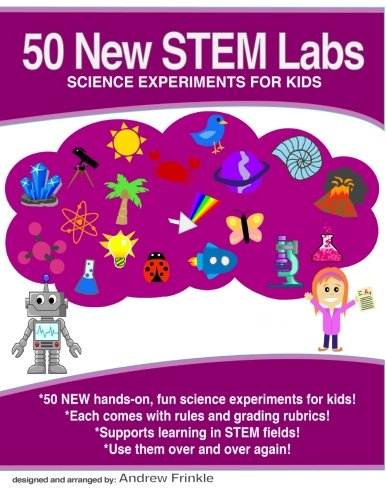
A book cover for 50 New STEM Labs - Science Experiments for Kids (50 STEM Labs) (Volume 4); Andrew Frinkle; Science & Math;